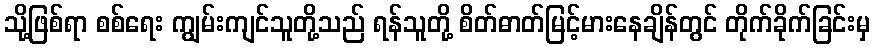
သို့ဖြစ်ရာ စစ်ရေး ကျွမ်းကျင်သူတို့သည် ရန်သူတို့ စိတ်ဓာတ်မြင့်မားနေချိန်တွင် တိုက်ခိုက်ခြင်းမှ